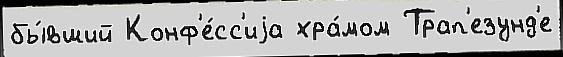
бы́вший Конф'е́сс'иjа хра́мом Трап'езунд'е